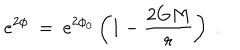
LaTeX: e ^ { 2 \phi } ~ = ~ e ^ { 2 \phi _ { 0 } } \left( 1 - \frac { 2 G M } { r } \right) ~ .